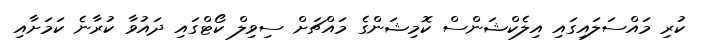
ކުރި މައްސަލައިގައި އިލެކްޝަންސް ކޮމިޝަންގެ މައްޗަށް ސިވިލް ކޯޓްގައި ދައުވާ ކުރާނެ ކަމަށާއި